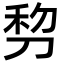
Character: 剓